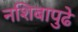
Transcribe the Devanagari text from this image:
नशिबापुढे